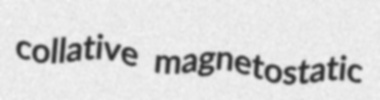
collative magnetostatic